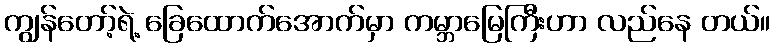
ကျွန်တော့်ရဲ့ ခြေထောက်အောက်မှာ ကမ္ဘာမြေကြီးဟာ လည်နေ တယ်။